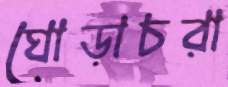
ঘোড়াচরা